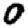
Digit: 0